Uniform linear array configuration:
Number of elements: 4
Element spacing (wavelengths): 0.5
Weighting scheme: blackman
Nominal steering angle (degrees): -30
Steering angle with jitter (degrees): -28.652
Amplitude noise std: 0.05
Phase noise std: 0.05

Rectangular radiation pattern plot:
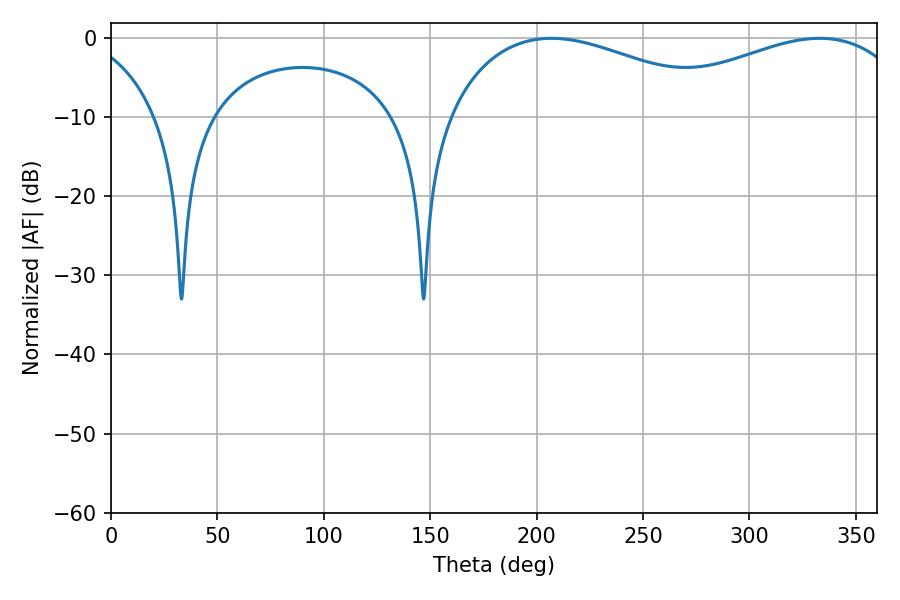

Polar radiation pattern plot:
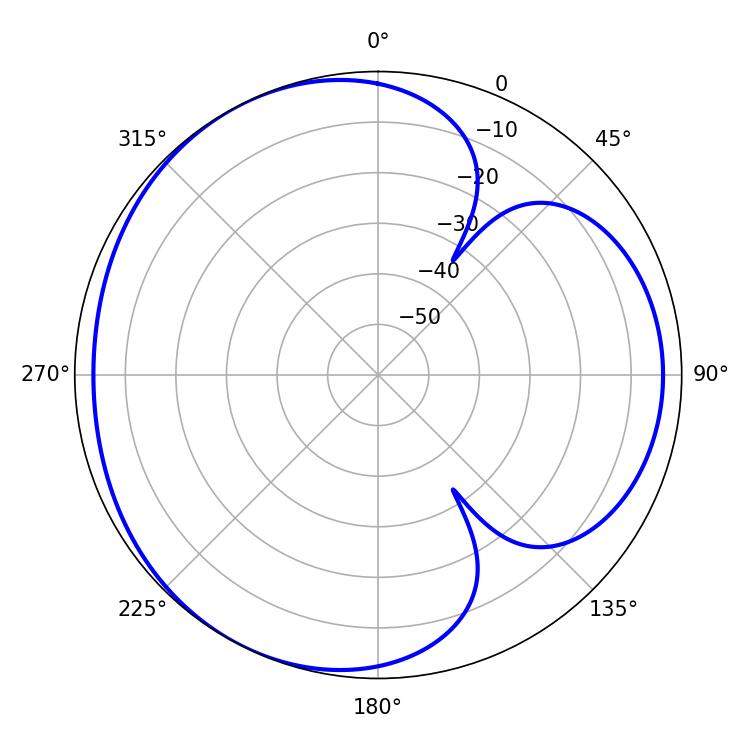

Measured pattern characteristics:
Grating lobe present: FALSE
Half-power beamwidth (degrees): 74.88
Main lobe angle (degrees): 207